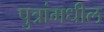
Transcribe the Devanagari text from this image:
पुत्रांमधील